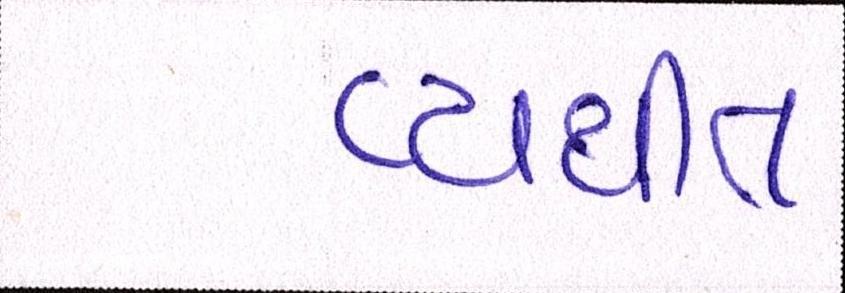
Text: વ્યથીત